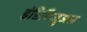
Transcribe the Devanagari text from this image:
इंडिविजुअल